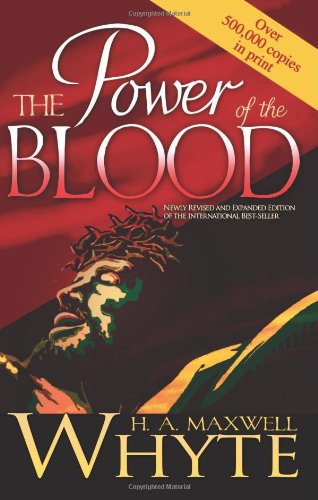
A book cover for Power Of The Blood; H A Whyte; Christian Books & Bibles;